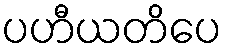
ပဟီယတိပေ